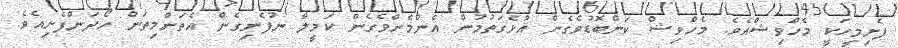
ފެށިމީހަކީ މެހްވިޝްއެވެ. މެހްވިޝް ކަންބޮޑުވެގެން އުޅެގަތުމުން އެންމެންވެގެން ކަމީލާ ނުފެނިގެން އެތަންމިތަން ހޯދަންފެށިއެވެ.